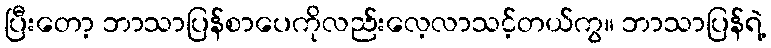
ပြီးတော့ ဘာသာပြန်စာပေကိုလည်းလေ့လာသင့်တယ်ကွ။ ဘာသာပြန်ရဲ့